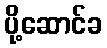
ပို့ဆောင်ခ